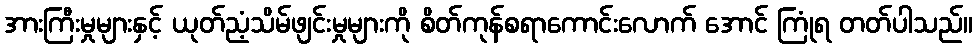
အားကြီးမှုများနှင့် ယုတ်ညံ့သိမ်ဖျင်းမှုများကို စိတ်ကုန်စရာကောင်းလောက် အောင် ကြုံရ တတ်ပါသည်။